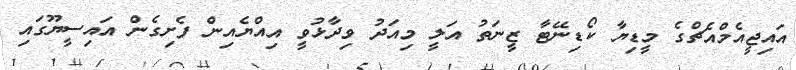
އައިޖީއެމްއެޗްގެ މީޑިޔާ ކޯޑިނޭޓާ ޒީނަތު އަލީ މިއަދު ވިދާޅުވީ އިއްޔެއިން ފެށިގެން އައިސީޔޫގައި